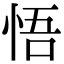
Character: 悟